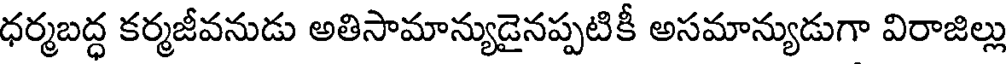
ధర్మబద్ధ కర్మజీవనుడు అతిసామాన్యుడైనప్పటికీ అసమాన్యుడుగా విరాజిల్లు